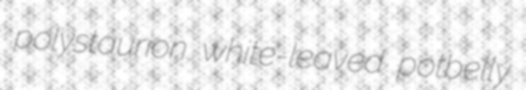
polystaurion white-leaved potbelly